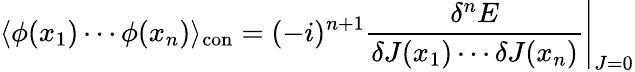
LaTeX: \langle\phi(x_{1})\cdots\phi(x_{n})\rangle_{\mathrm{con}}=(-i)^{n+1}\left.{\frac{\delta^{n}E}{\delta J(x_{1})\cdots\delta J(x_{n})}}\right|_{J=0}